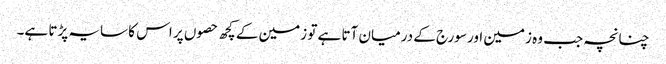
چنانچہ جب وہ زمین اور سورج کے درمیان آتا ہے تو زمین کے کچھ حصوں پر اس کا سایہ پڑتا ہے۔